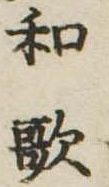
和歌